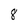
Character: 8